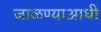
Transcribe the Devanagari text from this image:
जाळण्याआधी